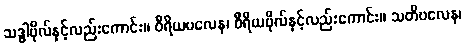
သဒ္ဓါဗိုလ်နှင့်လည်းကောင်း။ ဝီရိယဗလေန၊ ဝီရိယဗိုလ်နှင့်လည်းကောင်း။ သတိဗလေန၊